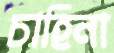
চাহিনা